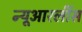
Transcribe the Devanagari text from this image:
न्यूआरलींस